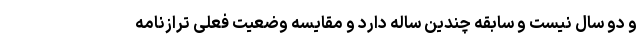
و دو سال نیست و سابقه چندین ساله دارد و مقایسه وضعیت فعلی ترازنامه